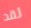
لقد